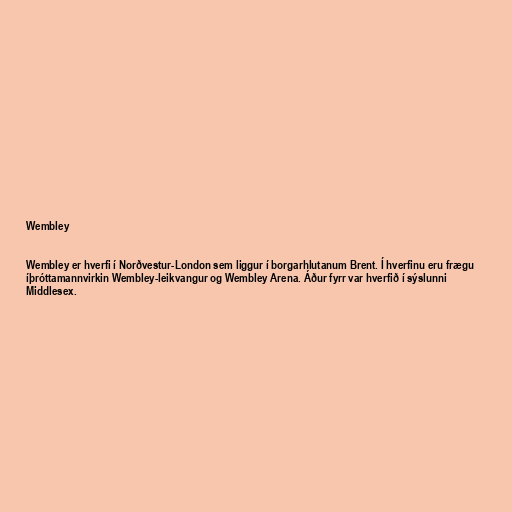
Wembley

Wembley er hverfi í Norðvestur-London sem liggur í borgarhlutanum Brent. Í hverfinu eru frægu
íþróttamannvirkin Wembley-leikvangur og Wembley Arena. Áður fyrr var hverfið í sýslunni
Middlesex.